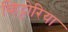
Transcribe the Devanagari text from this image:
व्हिट्टोरिया